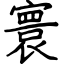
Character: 寰